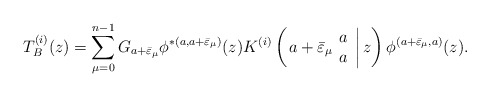
\begin{align*}T^{(i)}_B (z) =\displaystyle\sum_{\mu= 0}^{n-1} G_{a+\bar{\varepsilon}_\mu}\phi^{*(a,a+\bar{\varepsilon}_\mu )}(z)K^{(i)}\left( \left. a+\bar{\varepsilon}_\mu \begin{array}{c} a \\ a \end{array} \right| z \right) \phi^{(a+\bar{\varepsilon}_\mu ,a)}(z).\end{align*}